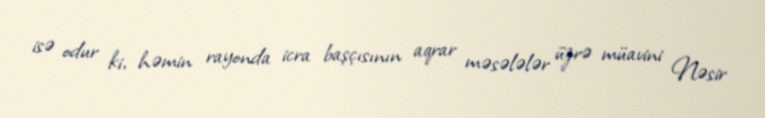
isə odur ki, həmin rayonda icra başçısının aqrar məsələlər üzrə müavini Nəsir